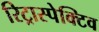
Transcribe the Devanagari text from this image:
रिट्रास्पेक्टिव